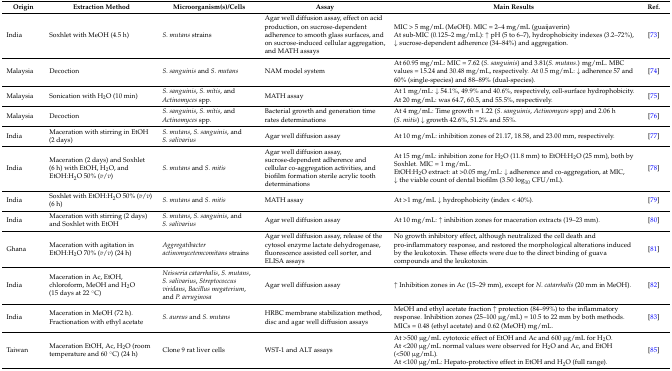
<table><thead><tr><td><b>Origin</b></td><td><b>Extraction Method</b></td><td><b>Microorganism(s)/Cells</b></td><td><b>Assay</b></td><td><b>Main Results</b></td><td><b>Ref.</b></td></tr></thead><tbody><tr><td>India</td><td>Soxhlet with MeOH (4.5 h)</td><td><i>S. mutans</i> strains</td><td>Agar well diffusion assay, effect on acid production, on sucrose-dependent adherence to smooth glass surfaces, and on sucrose-induced cellular aggregation, and MATH assays</td><td>MIC &gt; 5 mg/mL (MeOH). MIC = 2–4 mg/mL (guaijaverin)At sub-MIC (0.125–2 mg/mL): ↑ pH (5 to 6–7), hydrophobicity indexes (3.2–72%), ↓ sucrose-dependent adherence (34–84%) and aggregation.</td><td>[73]</td></tr><tr><td>Malaysia</td><td>Decoction</td><td><i>S. sanguinis</i> and <i>S. mutans</i></td><td>NAM model system</td><td>At 60.95 mg/mL: MIC = 7.62 (<i>S. sanguinis</i>) and 3.81(<i>S. mutans</i>.) mg/mL. MBC values = 15.24 and 30.48 mg/mL, respectively. At 0.5 mg/mL: ↓ adherence 57 and 60% (single-species) and 88–89% (dual-species).</td><td>[74]</td></tr><tr><td>Malaysia</td><td>Sonication with H<sub>2</sub>O (10 min)</td><td><i>S. sanguinis</i>, <i>S. mitis</i>, and <i>Actinomyces</i> spp.</td><td>MATH assay</td><td>At 1 mg/mL: ↓ 54.1%, 49.9% and 40.6%, respectively, cell-surface hydrophobicity. At 20 mg/mL: was 64.7, 60.5, and 55.5%, respectively.</td><td>[75]</td></tr><tr><td>Malaysia</td><td>Decoction</td><td><i>S. sanguinis</i>, <i>S. mitis</i>, and <i>Actinomyces</i> spp.</td><td>Bacterial growth and generation time rates determinations</td><td>At 4 mg/mL: Time growth = 1.22 (<i>S. sanguinis</i>, <i>Actinomyces</i> spp) and 2.06 h (<i>S. mitis</i>) ↓ growth 42.6%, 51.2% and 55%.</td><td>[76]</td></tr><tr><td>India</td><td>Maceration with stirring in EtOH (2 days)</td><td><i>S. mutans</i>, <i>S. sanguinis</i>, and <i>S. salivarius</i></td><td>Agar well diffusion assay</td><td>At 10 mg/mL: inhibition zones of 21.17, 18.58, and 23.00 mm, respectively.</td><td>[77]</td></tr><tr><td>India</td><td>Maceration (2 days) and Soxhlet (6 h) with EtOH, H<sub>2</sub>O, and EtOH:H<sub>2</sub>O 50% (<i>v</i>/<i>v</i>)</td><td><i>S. mutans</i> and <i>S. mitis</i></td><td>Agar well diffusion assay, sucrose-dependent adherence and cellular co-aggregation activities, and biofilm formation sterile acrylic tooth determinations</td><td>At 15 mg/mL: inhibition zone for H<sub>2</sub>O (11.8 mm) to EtOH:H<sub>2</sub>O (25 mm), both by Soxhlet. MIC = 1 mg/mL.EtOH:H<sub>2</sub>O extract: at &gt;0.05 mg/mL: ↓ adherence and co-aggregation, at MIC, ↓ the viable count of dental biofilm (3.50 log<sub>10</sub> CFU/mL).</td><td>[78]</td></tr><tr><td>India</td><td>Soxhlet with EtOH:H<sub>2</sub>O 50% (<i>v</i>/<i>v</i>) (6 h)</td><td><i>S. mutans</i> and <i>S. mitis</i></td><td>MATH assay</td><td>At &gt;1 mg/mL ↓ hydrophobicity (index &lt; 40%).</td><td>[79]</td></tr><tr><td>India</td><td>Maceration with stirring (2 days) and Soxhlet with EtOH</td><td><i>S. mutans</i>, <i>S. sanguinis</i>, and <i>S. salivarius</i></td><td>Agar well diffusion assay</td><td>At 10 mg/mL: ↑ inhibition zones for maceration extracts (19–23 mm).</td><td>[80]</td></tr><tr><td>Ghana</td><td>Maceration with agitation in EtOH:H<sub>2</sub>O 70% (<i>v</i>/<i>v</i>) (24 h)</td><td><i>Aggregatibacter actinomycetemcomitans</i> strains</td><td>Agar well diffusion assay, release of the cytosol enzyme lactate dehydrogenase, fluorescence assisted cell sorter, and ELISA assays</td><td>No growth inhibitory effect, although neutralized the cell death and pro-inflammatory response, and restored the morphological alterations induced by the leukotoxin. These effects were due to the direct binding of guava compounds and the leukotoxin.</td><td>[81]</td></tr><tr><td>India</td><td>Maceration in Ac, EtOH, chloroform, MeOH and H<sub>2</sub>O (15 days at 22 °C)</td><td><i>Neisseria catarrhalis</i>, <i>S. mutans</i>, <i>S. salivarius</i>, <i>Streptococcus viridans</i>, <i>Bacillus megaterium</i>, and <i>P. aeruginosa</i></td><td>Agar well diffusion assay</td><td>↑ Inhibition zones in Ac (15–29 mm), except for <i>N. catarrhalis</i> (20 mm in MeOH).</td><td>[82]</td></tr><tr><td>India</td><td>Maceration in MeOH (72 h). Fractionation with ethyl acetate</td><td><i>S. aureus</i> and <i>S. mutans</i></td><td>HRBC membrane stabilization method, disc and agar well diffusion assays</td><td>MeOH and ethyl acetate fraction ↑ protection (84–99%) to the inflammatory response. Inhibition zones (25–100 μg/mL) = 10.5 to 22 mm by both methods. MICs = 0.48 (ethyl acetate) and 0.62 (MeOH) mg/mL.</td><td>[83]</td></tr><tr><td>Taiwan</td><td>Maceration EtOH, Ac, H<sub>2</sub>O (room temperature and 60 °C) (24 h)</td><td>Clone 9 rat liver cells</td><td>WST-1 and ALT assays</td><td>At &gt;500 μg/mL cytotoxic effect of EtOH and Ac and 600 μg/mL for H<sub>2</sub>O. At &lt;200 μg/mL normal values were observed for H<sub>2</sub>O and Ac, and EtOH (&lt;500 μg/mL).At &lt;100 μg/mL: Hepato-protective effect in EtOH and H<sub>2</sub>O (full range).</td><td>[85]</td></tr></tbody></table>